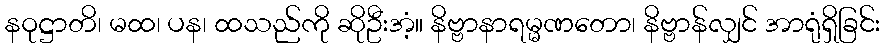
နဝုဋ္ဌာတိ၊ မထ၊ ပန၊ ထသည်ကို ဆိုဦးအံ့။ နိဗ္ဗာနာရမ္မဏတော၊ နိဗ္ဗာန်လျှင် အာရုံရှိခြင်း